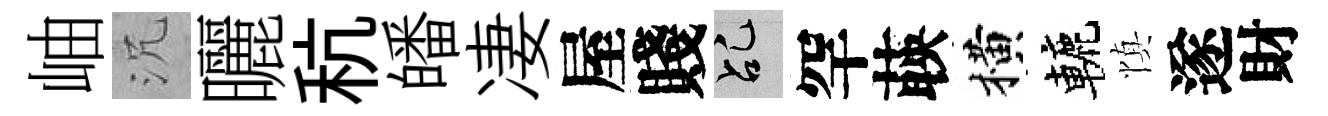
岫沉曬秔皤凄屋賤乩罕𦴤横轆慎遂財